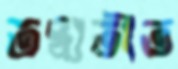
তদ্ব্যতীত